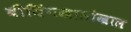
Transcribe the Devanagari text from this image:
बीजिंगखालोखाल